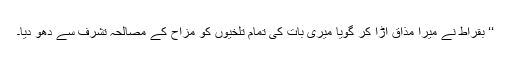
‘‘ بقراط نے میرا مذاق اڑا کر گویا میری بات کی تمام تلخیوں کو مزاح کے مصالحہ تشرف سے دھو دیا۔